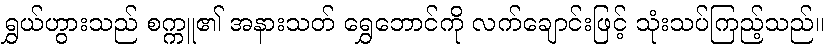
ရွှယ်ဟွားသည် စက္ကူ၏ အနားသတ် ရွှေဘောင်ကို လက်ချောင်းဖြင့် သုံးသပ်ကြည့်သည်။